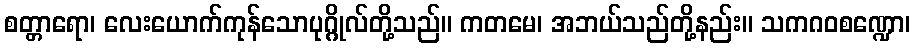
စတ္တာရော၊ လေးယောက်ကုန်သောပုဂ္ဂိုလ်တို့သည်။ ကတမေ၊ အဘယ်သည်တို့နည်း။ သကဂဝစဏ္ဍော၊